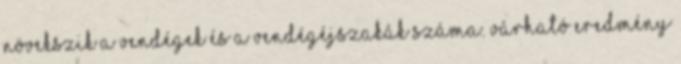
növekszik a vendégek és a vendégéjszakák száma. Várható eredmény